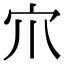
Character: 𡦾